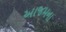
આજમના